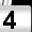
Digit: 4